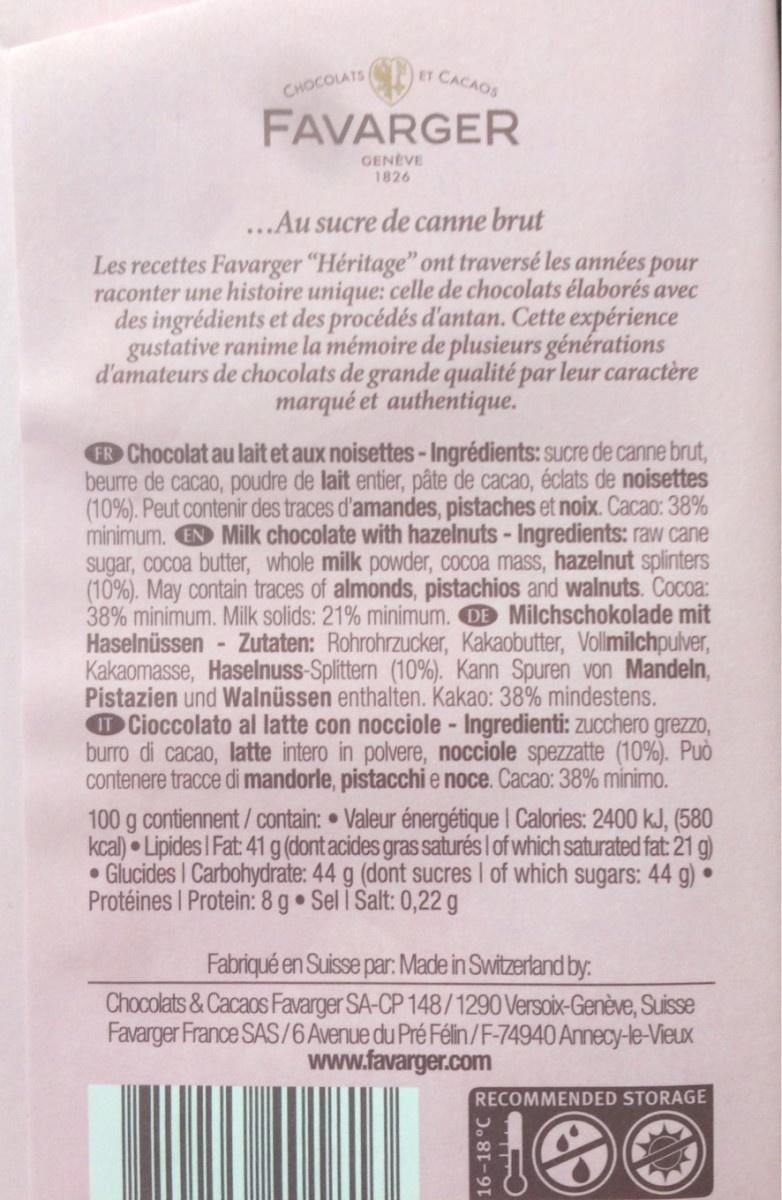
ET CACAOS
CHOCOLATS
FAVARGER
GENEVE 1826
..Au sucre de canne brut
Les recettes Favarger "Héritage" ont traversé les années pour raconter une histoire unique: celle de chocolats élaborés avec des ingrédients et des procédés d'antan. Cette expérience gustative ranime la mémoire de plusieurs générations d'amateurs de chocolats de grande qualité par leur caractère marqué et authentique.
FR Chocolat au lait et aux noisettes- Ingrédients: sucre de canne brut, beurre de cacao, poudre de lait entier, pâte de cacao, éclats de noisettes (10%). Peut contenir des traces d'amandes, pistaches et noix. Cacao: 38% minimum. EN Milk chocolate with hazelnuts - Ingredients: raw cane sugar, cocoa butter, whole milk powder, cocoa mass, hazelnut splinters (10%). May contain traces of almonds, pistachios and walnuts. Cocoa: 38% minimum. Milk solids: 21% minimum. DE Milchschokolade mit Haselnüssen Kakaomasse, Haselnuss-Splittern (10%). Kann Spuren von Mandeln, Pistazien und Walnüssen enthalten. Kakao: 38% mindestens. OCioccolato al latte con nocciole- Ingredienti: zucchero grezzo, burro di cacao, latte intero in polvere, nocciole spezzatte (10%). Può contenere tracce di mandorle, pistacchi e noce. Cacao: 38% minimo.
Zutaten: Rohrohrzucker, Kakaobutter, Vollmilchpulver,
100 g contiennent/contain: • Valeur énergétique I Calories: 2400 kJ, (580 kcal) Lipides I Fat: 41 g (dont acides gras saturés I of which saturated fat: 21 g) • Glucides I Carbohydrate: 44 g (dont sucres I of which sugars: 44 g) • Protéines I Protein: 8 g Sel I Salt: 0,22 g
Fabriqué en Suisse par: Made in Switzerland by: Chocolats &Cacaos Favarger SA-CP 148/1290 Versoix-Genève, Suisse Favarger France SAS/6Avenue du Pré Félin /F-74940 Annecy-le-Vieux www.favarger.com
RECOMMENDED STORAGE
16-18°C